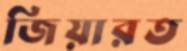
জিয়ারত